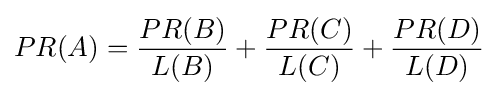
PR(A)={\frac {PR(B)}{L(B)}}+{\frac {PR(C)}{L(C)}}+{\frac {PR(D)}{L(D)}}